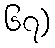
၆၇)